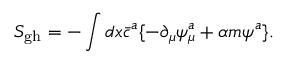
S _ { \mathrm { g h } } = - \int d x \bar { c } ^ { a } \{ - \partial _ { \mu } \psi _ { \mu } ^ { a } + \alpha m \psi ^ { a } \} .